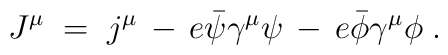
J^\mu \;=\; j^\mu \,-\, e {\bar\psi}\gamma^\mu \psi \,-\,e {\bar\phi}\gamma^\mu \phi \;.